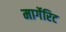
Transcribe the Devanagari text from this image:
मार्गेरिट